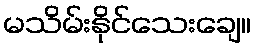
မသိမ်းနိုင်သေးချေ။